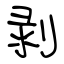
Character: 剥